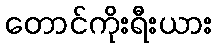
တောင်ကိုးရီးယား